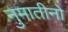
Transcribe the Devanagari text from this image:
नुमातीनो